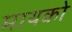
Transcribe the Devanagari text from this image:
मायको